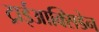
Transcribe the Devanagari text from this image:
ट्राईआक्सिडेन